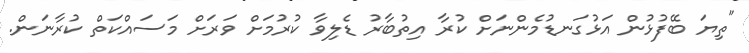
"ތިޔަ ބޭފުޅުން އަޅުގަނޑުމެންނަށް ކުރާ އިތުބާރު ޑެލިވާ ކުރުމަށް ވަރަށް މަސައްކަތް ކުރާނަން.